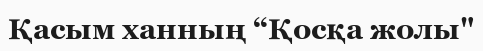
Қасым ханның “Қосқа жолы"